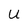
Character: U